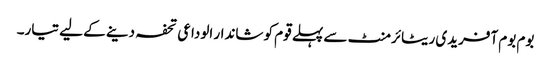
بوم بوم آفریدی ریٹائرمنٹ سے پہلے قوم کو شاندار الوداعی تحفہ دینے کے لیے تیار۔